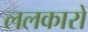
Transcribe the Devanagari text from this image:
ललकारों